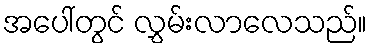
အပေါ်တွင် လွှမ်းလာလေသည်။